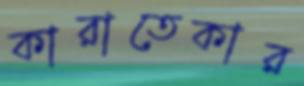
কারাতেকার